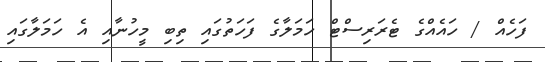
ފަހެއް / ހައެއްގެ ޓެރަރިސްޓް ހަމަލާގެ ފަހަތުގައި ތިބި މީހުނާއި އެ ހަމަލާގައި